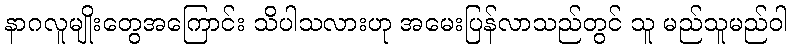
နာဂလူမျိုးတွေအကြောင်း သိပါသလားဟု အမေးပြန်လာသည်တွင် သူ မည်သူမည်ဝါ